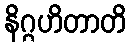
နိဂ္ဂဟိတာတိ